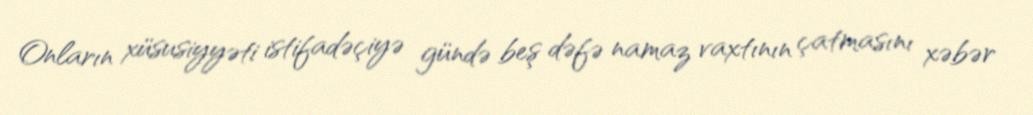
Onların xüsusiyyəti istifadəçiyə gündə beş dəfə namaz vaxtının çatmasını xəbər